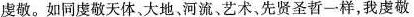
虔敬。如同虔敬天体、大地、河流、艺术，先贤圣哲一样，我虔敬